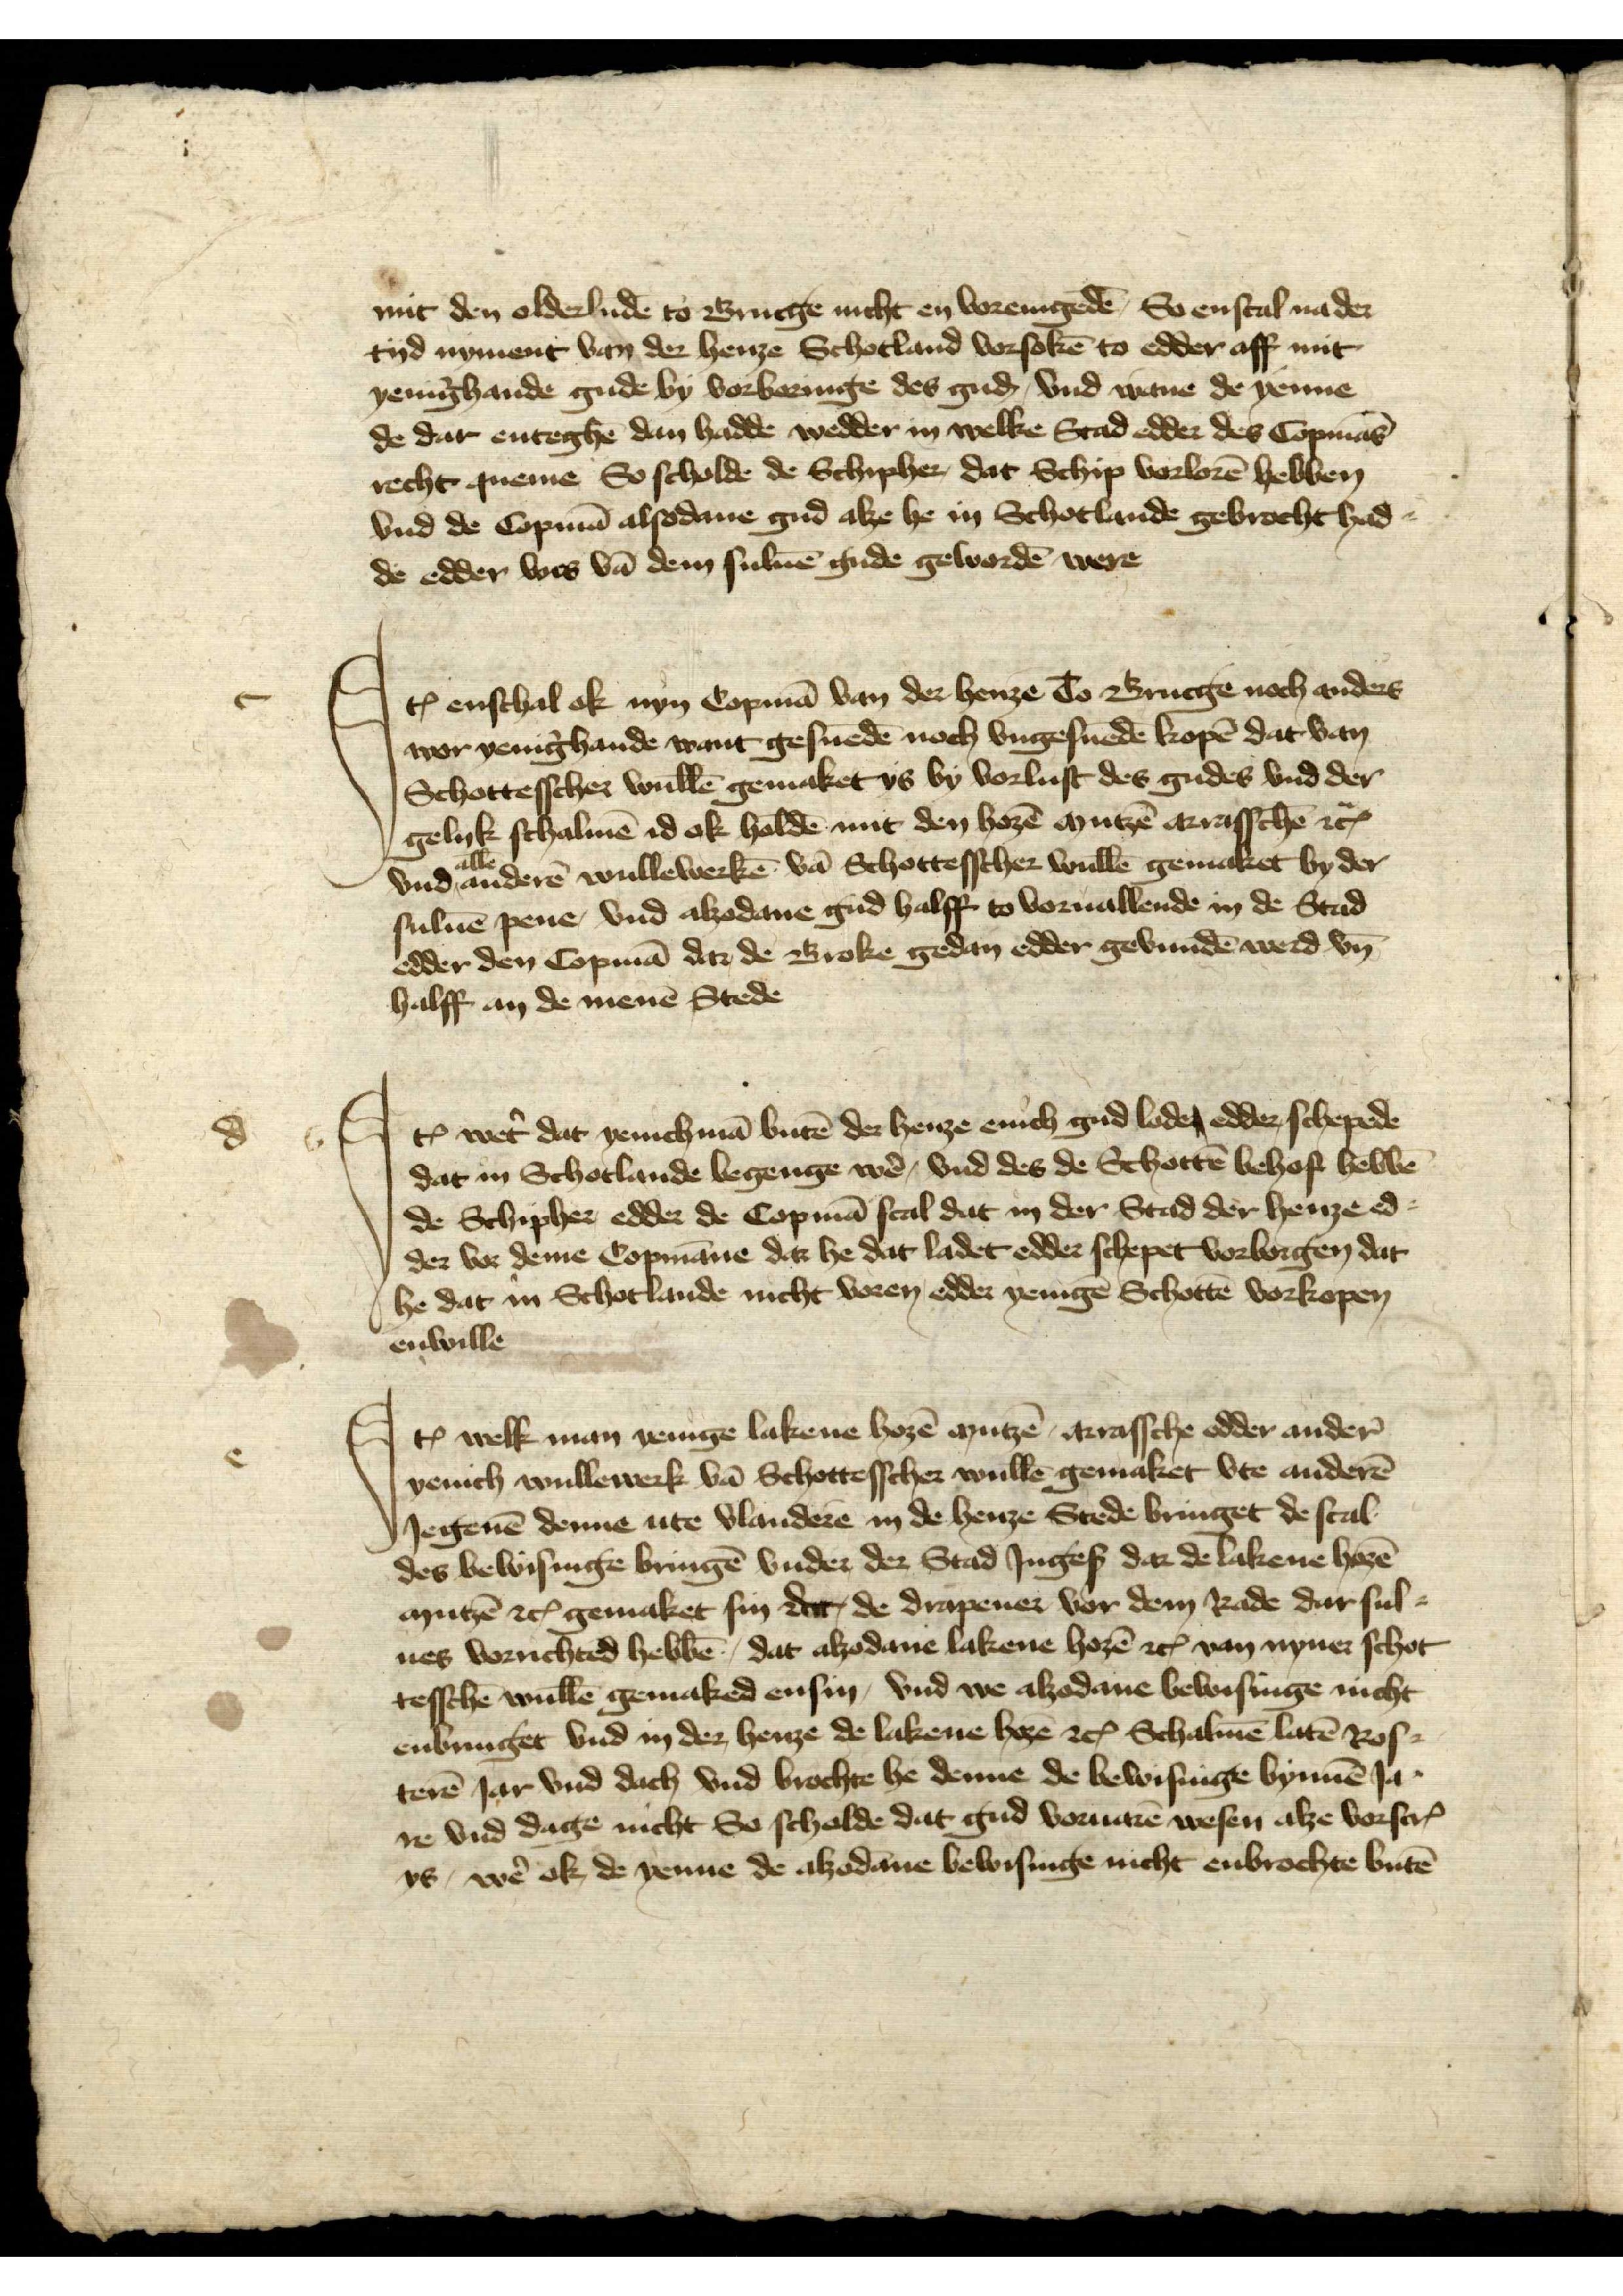
mit den olderludē to Brucge nicht en vorenigedē So enscal na der
tyd nyment van der henze Schotland vorsokē to edder aff mit
yenig̉hande gude by vorboringe des guḑ, vnd wane de yenne
de dar enteghē dan hadde wedder in welke Stad edder des Copmās
recht queme So scholde de Schipher, dat Schip vorlorē hebben
vnd de Copmā alsodane gud alze he in Schotlande gebrocht had¬
de edder wes vā dem sulvē gude gewordē were

Jꝷ enschal ok nyn Copmā van der Henze to Brucge noch anders
wor yenig̉hande want gesnedē noch vngesnedē kopē dat van
Schottesscher wullē gemaket ys by vorlust des gudes vnd der
gelyk schalmē id ok holdē mit den hozē mutzē arrasschē etꝬ
vnd alle anderē wullewerkē van Schottescher wullē gemaket by der
sulvē pene, vnd alzodane gud halff to voruallende in de Stad
edder den Copmā dar, de Broke gedan edder gebundē werd vn̄
halff an de menē Stede

Iꝷ wet̉ dat yenichmā butē der henze enich gud lode edder schepede
dat in Schotlande begenge wẻ, vnd des de Schottē behof hebbē
de Schipher edder de Copmā scal dat in der Stad der henze ed¬
der vor deme Copmāne dar he dat ladet edder schepet vorborgen dat
he dat in Schotlande nicht voren edder yenigē Schottē vorkopen
enwille

d

c

Iꝷ welk man yenige lakene hozē mutzē, arrasche edder ander̉
yenich wullewerk vā Schottescher wullē gemaket vte anderē
Iegenē denne ute Vlanderē in de henze Stede bringet de scal
des bewisinge bringē vnder der Stad Ingeß dar de lakene hozē
mutzē etꝬ gemaket sin eht, de drapener vor dem Rade dar sul¬
ues vorrichted hebbē, dat alzodane lakene hozē etc van nyner schot¬
tesschē wullē gemaked ensin, vnd we alzodane bewisinge nicht 
enbringet vnd in der henze de lakene hozē etꝬ Schalmē latē Ros-
terē Iar vnd dach vnd brochte he denne de bewisinge bynnē Ia-
re vnd dage nicht So scholde dat gud vouarē wesen alze vorscȓ 
ys, wẻ ok de yenne de alzodane bewisinge nicht enbrochte butē

e